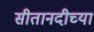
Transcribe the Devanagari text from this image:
सीतानदीच्या